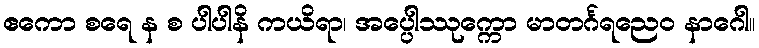
ဧကော စရေ န စ ပါပါနိ ကယိရာ၊ အပ္ပေါဿုက္ကော မာတင်္ဂရညေဝ နာဂေါ။